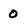
Character: 0